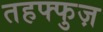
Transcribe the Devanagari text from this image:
तहफ्फुज़